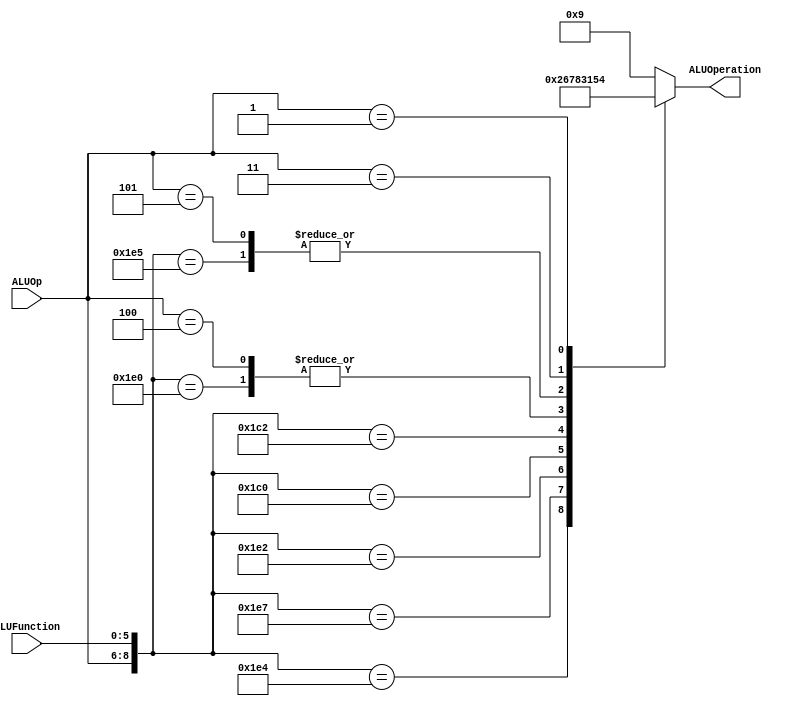
module ALUControl
(
	input [2:0] ALUOp,
	input [5:0] ALUFunction,
	output [3:0] ALUOperation

);

localparam R_Type_AND    = 9'b111_100100;
localparam R_Type_OR     = 9'b111_100101;
localparam R_Type_NOR    = 9'b111_100111;
localparam R_Type_ADD    = 9'b111_100000;
localparam R_Type_SUB    = 9'b111_100010;
localparam R_Type_SLL    = 9'b111_000000;
localparam R_Type_SRL    = 9'b111_000010;
localparam I_Type_ADDI   = 9'b100_xxxxxx;
localparam I_Type_ORI    = 9'b101_xxxxxx;
localparam I_Type_LUI    = 9'b011_xxxxxx;
localparam BEQ_AND_BNE   = 9'b001_xxxxxx;

reg [3:0] ALUControlValues;
wire [8:0] Selector;

assign Selector = {ALUOp,ALUFunction};

always@(Selector)begin
	casex(Selector)
		R_Type_AND:    ALUControlValues = 4'b0000;
		R_Type_OR: 		ALUControlValues = 4'b0001;
		R_Type_NOR:    ALUControlValues = 4'b0010;
		R_Type_ADD:    ALUControlValues = 4'b0011;
		R_Type_SUB:    ALUControlValues = 4'b0110;
		R_Type_SLL:    ALUControlValues = 4'b0111;
		R_Type_SRL:    ALUControlValues = 4'b1000;
		I_Type_ADDI:   ALUControlValues = 4'b0011;
		I_Type_ORI:    ALUControlValues = 4'b0001;
		I_Type_LUI:    ALUControlValues = 4'b0101;
		BEQ_AND_BNE:   ALUControlValues = 4'b0100;
		default: ALUControlValues = 4'b1001;
	endcase
end


assign ALUOperation = ALUControlValues;

endmodule